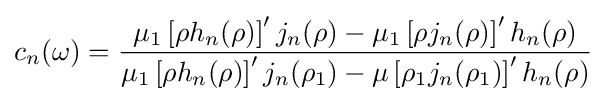
c_{n}(\omega )={\frac {\mu _{1}\left[\rho h_{n}(\rho )\right]'j_{n}(\rho )-\mu _{1}\left[\rho j_{n}(\rho )\right]'h_{n}(\rho )}{\mu _{1}\left[\rho h_{n}(\rho )\right]'j_{n}(\rho _{1})-\mu \left[\rho _{1}j_{n}(\rho _{1})\right]'h_{n}(\rho )}}